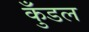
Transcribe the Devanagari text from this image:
कुँडल